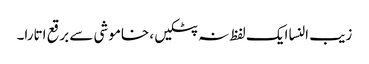
زیب النسا ایک لفظ نہ پٹکیں، خاموشی سے برقع اتارا۔